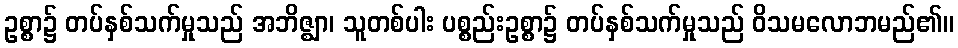
ဥစ္စာ၌ တပ်နှစ်သက်မှုသည် အဘိဇ္ဈာ၊ သူတစ်ပါး ပစ္စည်းဥစ္စာ၌ တပ်နှစ်သက်မှုသည် ဝိသမလောဘမည်၏။